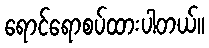
ရောင်ရောစပ်ထားပါတယ်။